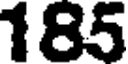
185